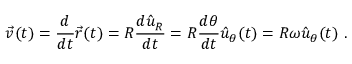
{ \vec { v } } ( t ) = { \frac { d } { d t } } { \vec { r } } ( t ) = R { \frac { d { \hat { u } } _ { R } } { d t } } = R { \frac { d \theta } { d t } } { \hat { u } } _ { \theta } ( t ) = R \omega { \hat { u } } _ { \theta } ( t ) \ .